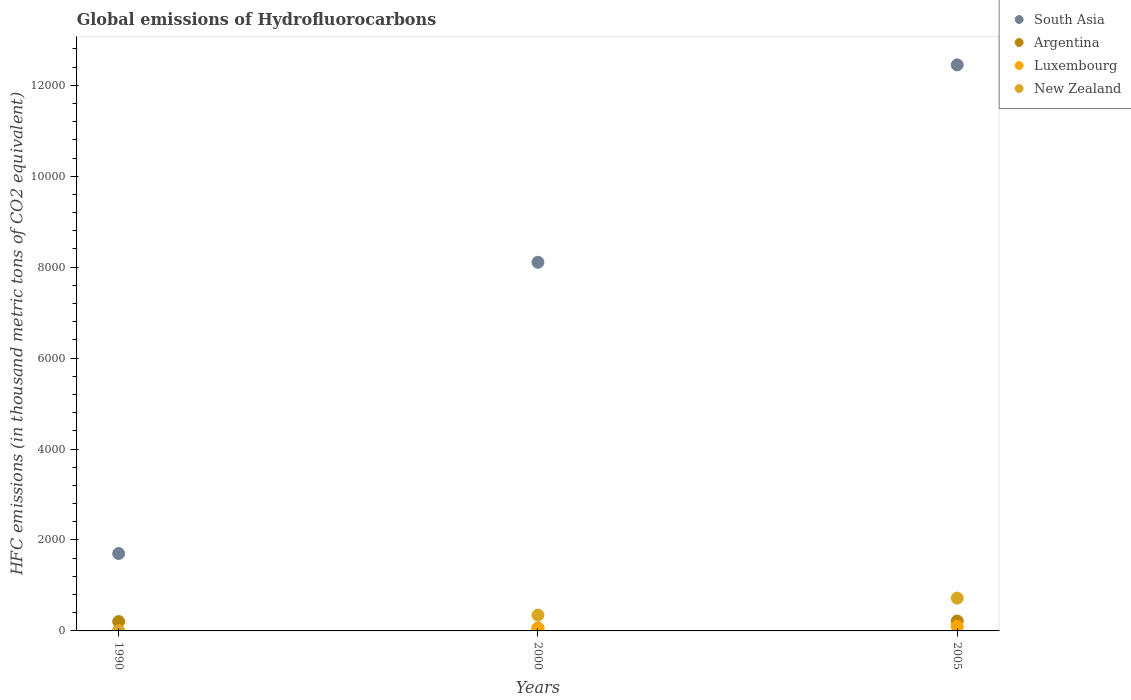
| Years | South Asia | Argentina | Luxembourg | New Zealand |
 | --- | --- | --- | --- | --- |
 | 1990 | 1.7e+03 | 206 | 0.1 | 0.2 |
 | 2000 | 8.11e+03 | 63 | 51.1 | 347 |
 | 2005 | 1.24e+04 | 218 | 99.5 | 722 |